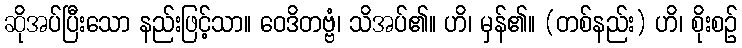
ဆိုအပ်ပြီးသော နည်းဖြင့်သာ။ ဝေဒိတဗ္ဗံ၊ သိအပ်၏။ ဟိ၊ မှန်၏။ (တစ်နည်း) ဟိ၊ စိုးစဉ်